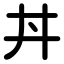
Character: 丼